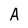
Character: A